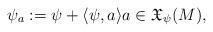
LaTeX: \begin{align*}\psi_{a}:=\psi+\langle \psi, a \rangle a\in \mathfrak{X}_{\psi}(M),\end{align*}